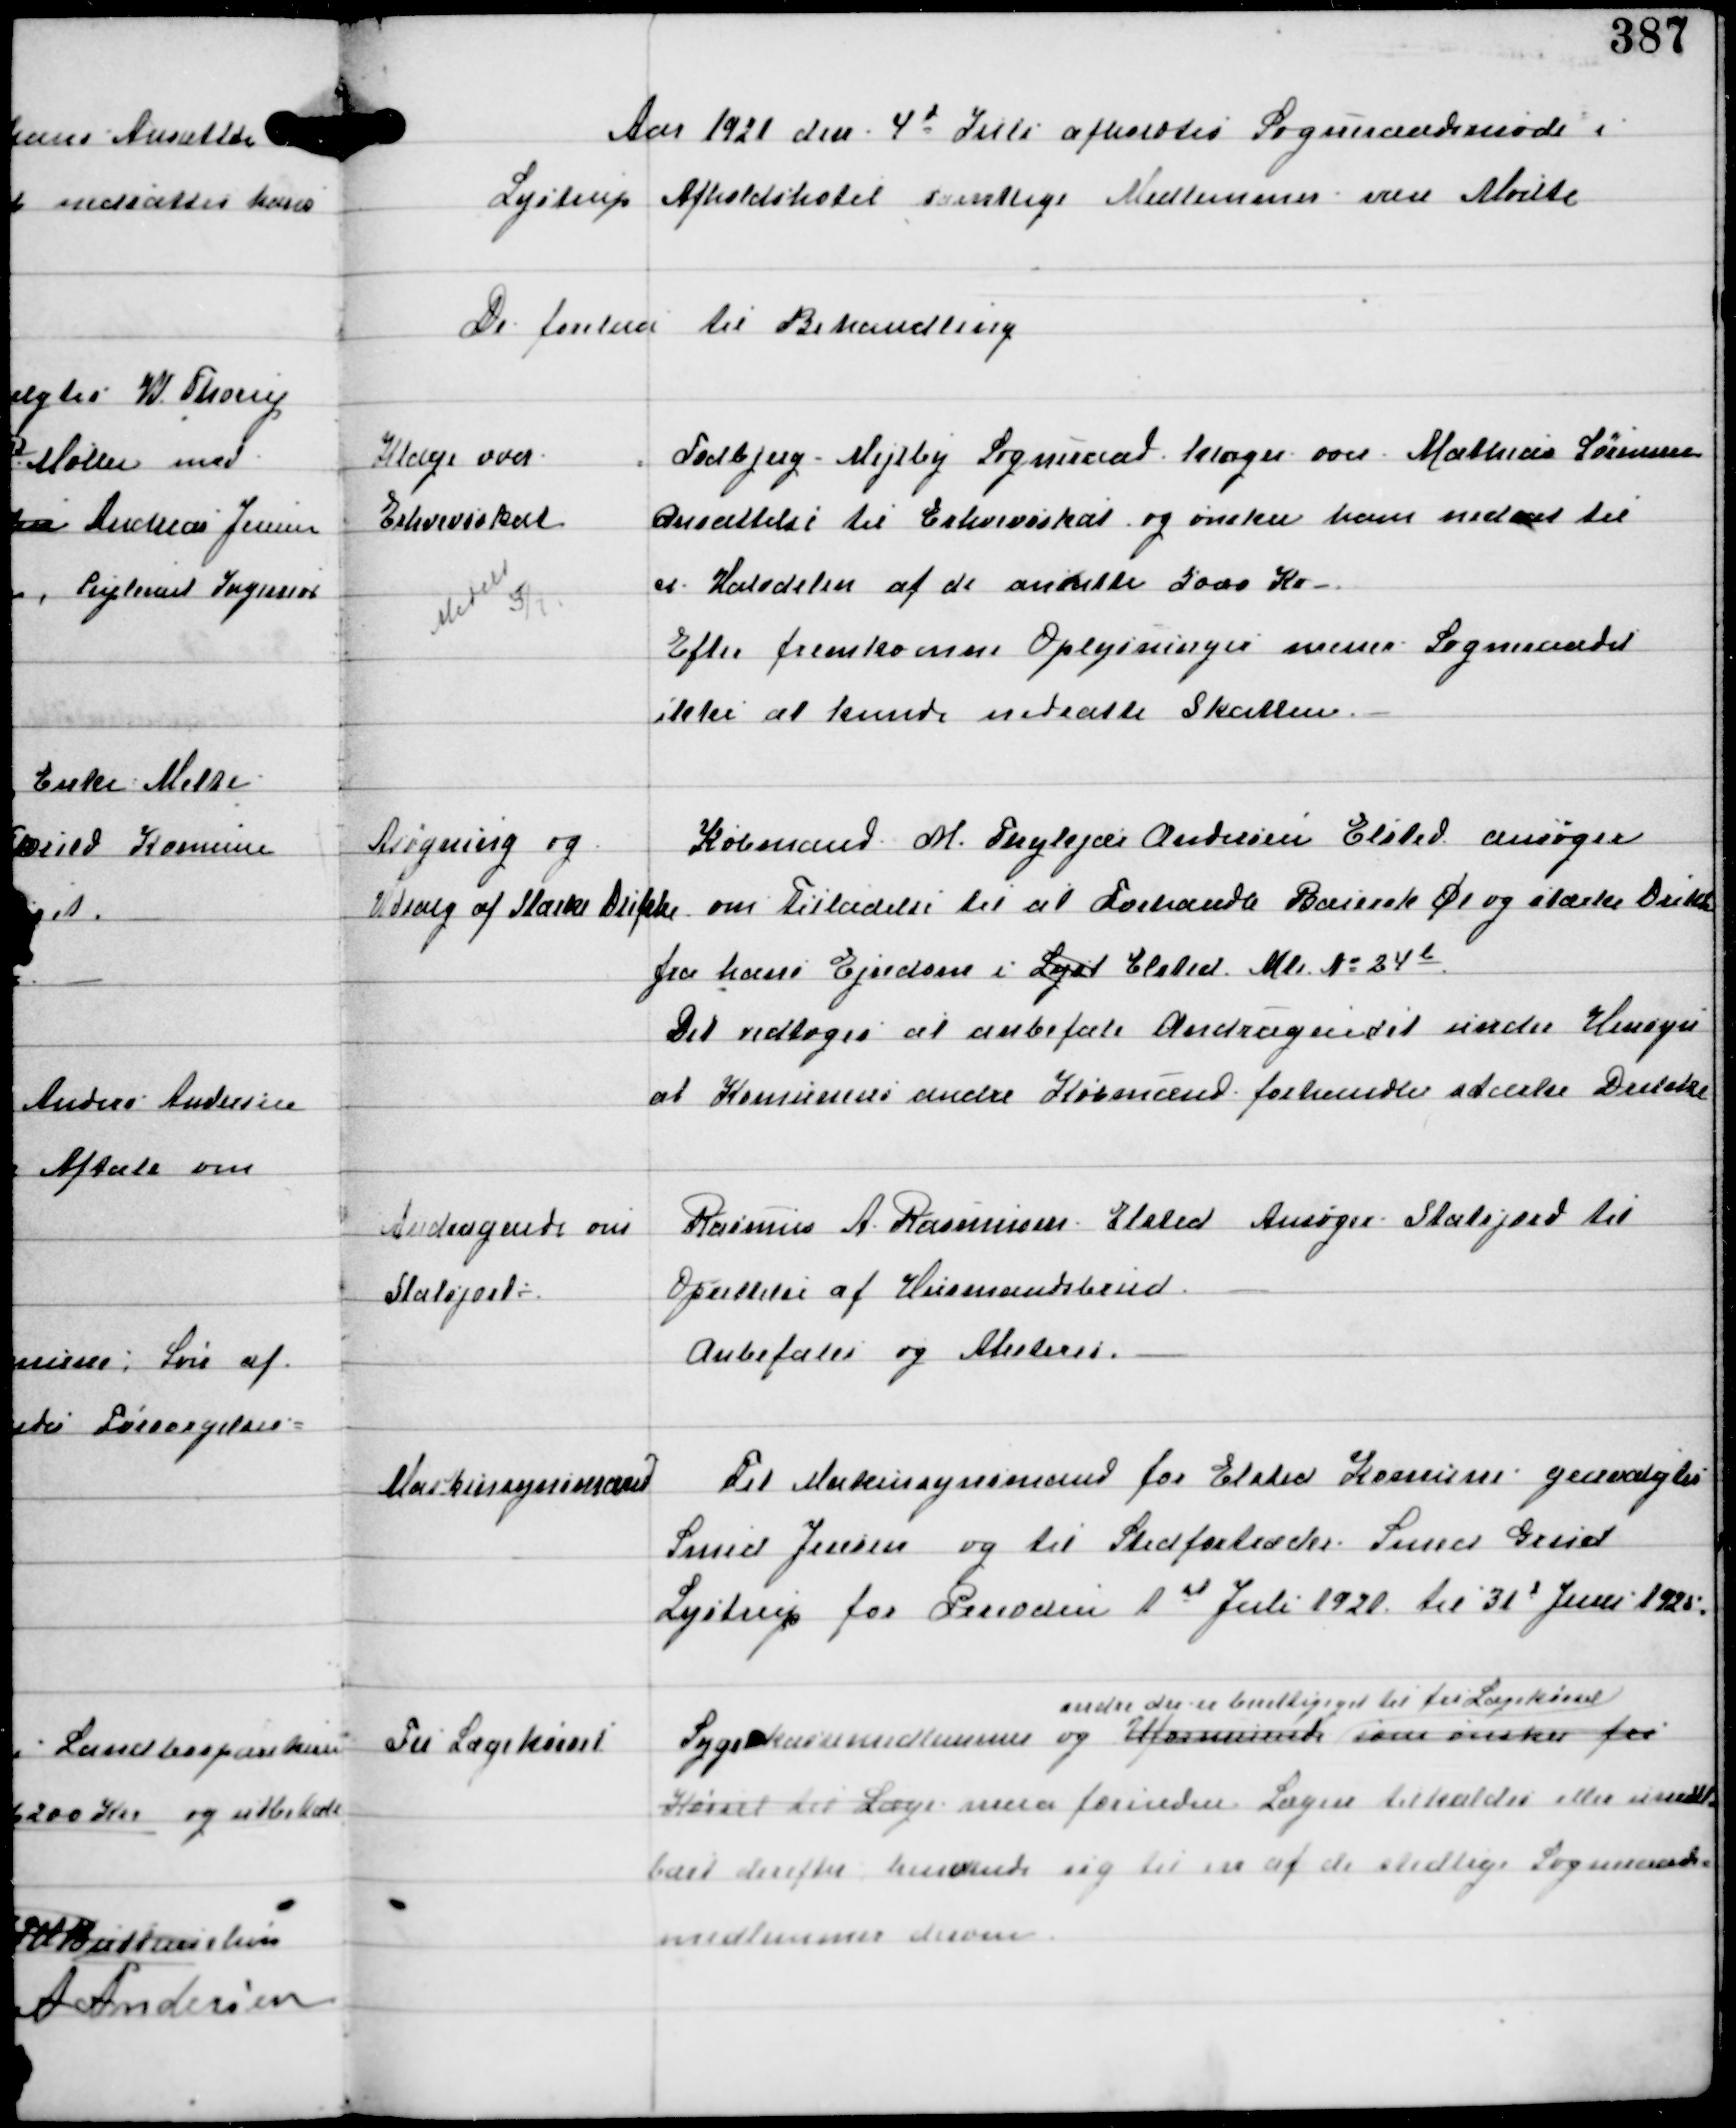
Transskription:
Aar 1921 den 4d Juli afholdtes Sogneraadsmøde i
Lystrup Afholdshotel samtlige Medlemmer vare Mødte
De forelaa til Behandling

Klage over
Erhvervsskat
Medelt 5/3

Todbjerg-Mejlby Sogneraad klager over Mathias Sørensens
ansættelse til Erhvervsskat og ønsker ham nedsat til
ct: Halvdelen af de ansatte 5000 Kr -
Efter fremkomne Oplysninger mener Sogneraadet
ikke at kunde nedsætte Skatten.

Asøgning og
Udsalg af Stærke Drikke

Købmand M Thykjær Andersen Elsted ansøger
om Tilladelse til at Forhandle Baierak Øl og stærke Drikke
fra hans Ejendom i Lyst Elsted Mtr No 34b.
Det vedtoges at anbefale Andragendet under Hensyn
at Komunens andre Købmænd forhandler stærke Drikke

Andragende om
Statsjord ÷

Rasmus A Rasmussen Elsted Ansøger Statsjord til
Oprettelse af Husmandsbrud.
Anbefales og Atesteres.

Maskinsynsmænd

Til Maskinsynsmænd for Elsted Komune genvalgtes
Smed Jensen og til Stedfortræder Smed Grud
Lystrup for Perioden 1st Juli 1921 til 31d Juni 1925.

Til Lægekørsel

Sygekassemedlemmerne og Uformuende
andre der er berettiget til Lægekørsel
som ønsker fri
Kørsel til Læge maa forinden Lægen tillaldes eller umiddel-
bart derefter henvende sig til en af de stedlige Sogneraads
medlemmer derom